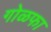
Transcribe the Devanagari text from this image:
गोळफा